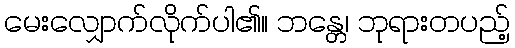
မေးလျှောက်လိုက်ပါ၏။ ဘန္တေ၊ ဘုရားတပည့်